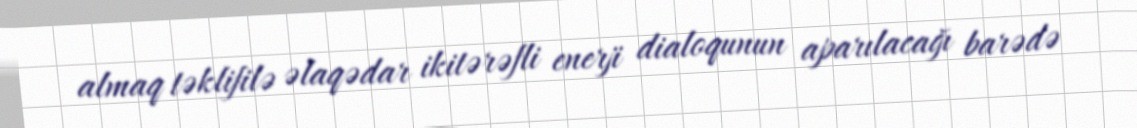
almaq təklifilə əlaqədar ikitərəfli enerji dialoqunun aparılacağı barədə